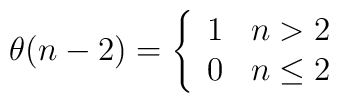
\theta(n-2)=\left\{\begin{array}{ll}1&n>2\\0&n\leq2\end{array}\right.